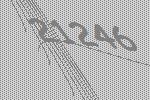
21246